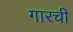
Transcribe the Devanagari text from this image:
गारची